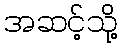
အဆင့်သို့